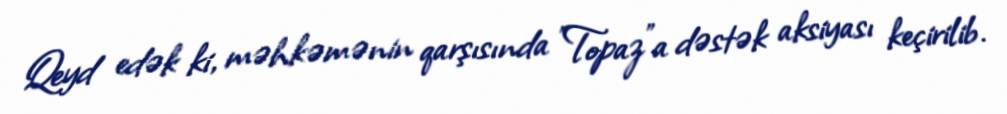
Qeyd edək ki, məhkəmənin qarşısında "Topaz"a dəstək aksiyası keçirilib.